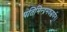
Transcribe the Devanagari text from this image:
पतिमिन्द्रमवद्धर्यन्।